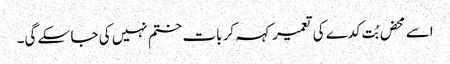
اسے محض بُت کدے کی تعمیر کہہ کر بات ختم نہیں کی جا سکے گی۔